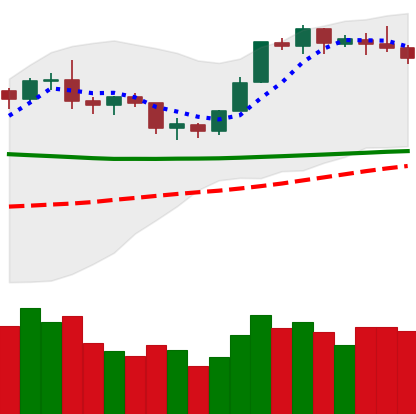
Ticker: BTC-USD
Chart end date: 2020-02-04
Forward return: 10.192%
Label: up_7plus